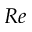
R e